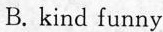
B. kind funny